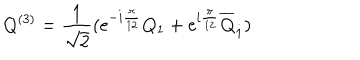
Q ^ { ( 3 ) } = \frac { 1 } { \sqrt { 2 } } ( \mathrm { e } ^ { - i { \frac { \pi } { 1 2 } } } Q _ { 1 } + \mathrm { e } ^ { i { \frac { \pi } { 1 2 } } } \overline { { { Q } } } _ { \dot { 1 } } )